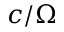
c / \Omega